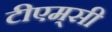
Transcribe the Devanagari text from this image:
टीएम्‌सी